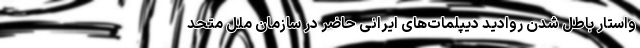
واستار باطل شدن روادید دیپلمات‌های ایرانی حاضر در سازمان ملل متحد